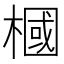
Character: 槶